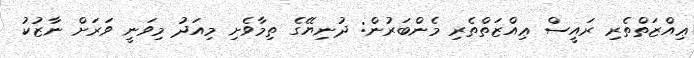
ޢިއްޒަތްތެރި ރައީސް ޢިއްޒަތްތެރި މެންބަރުން: ދުނިޔޭގެ ތިމާވެށި މިއަދު މިވަނީ ވަރަށް ނާޒުކު